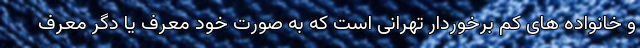
و خانواده های کم برخوردار تهرانی است که به صورت خود معرف یا دگر معرف